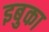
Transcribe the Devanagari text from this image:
इबुका